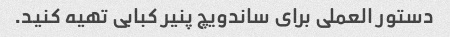
دستور العملی برای ساندویچ پنیر کبابی تهیه کنید.